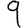
Digit: 9